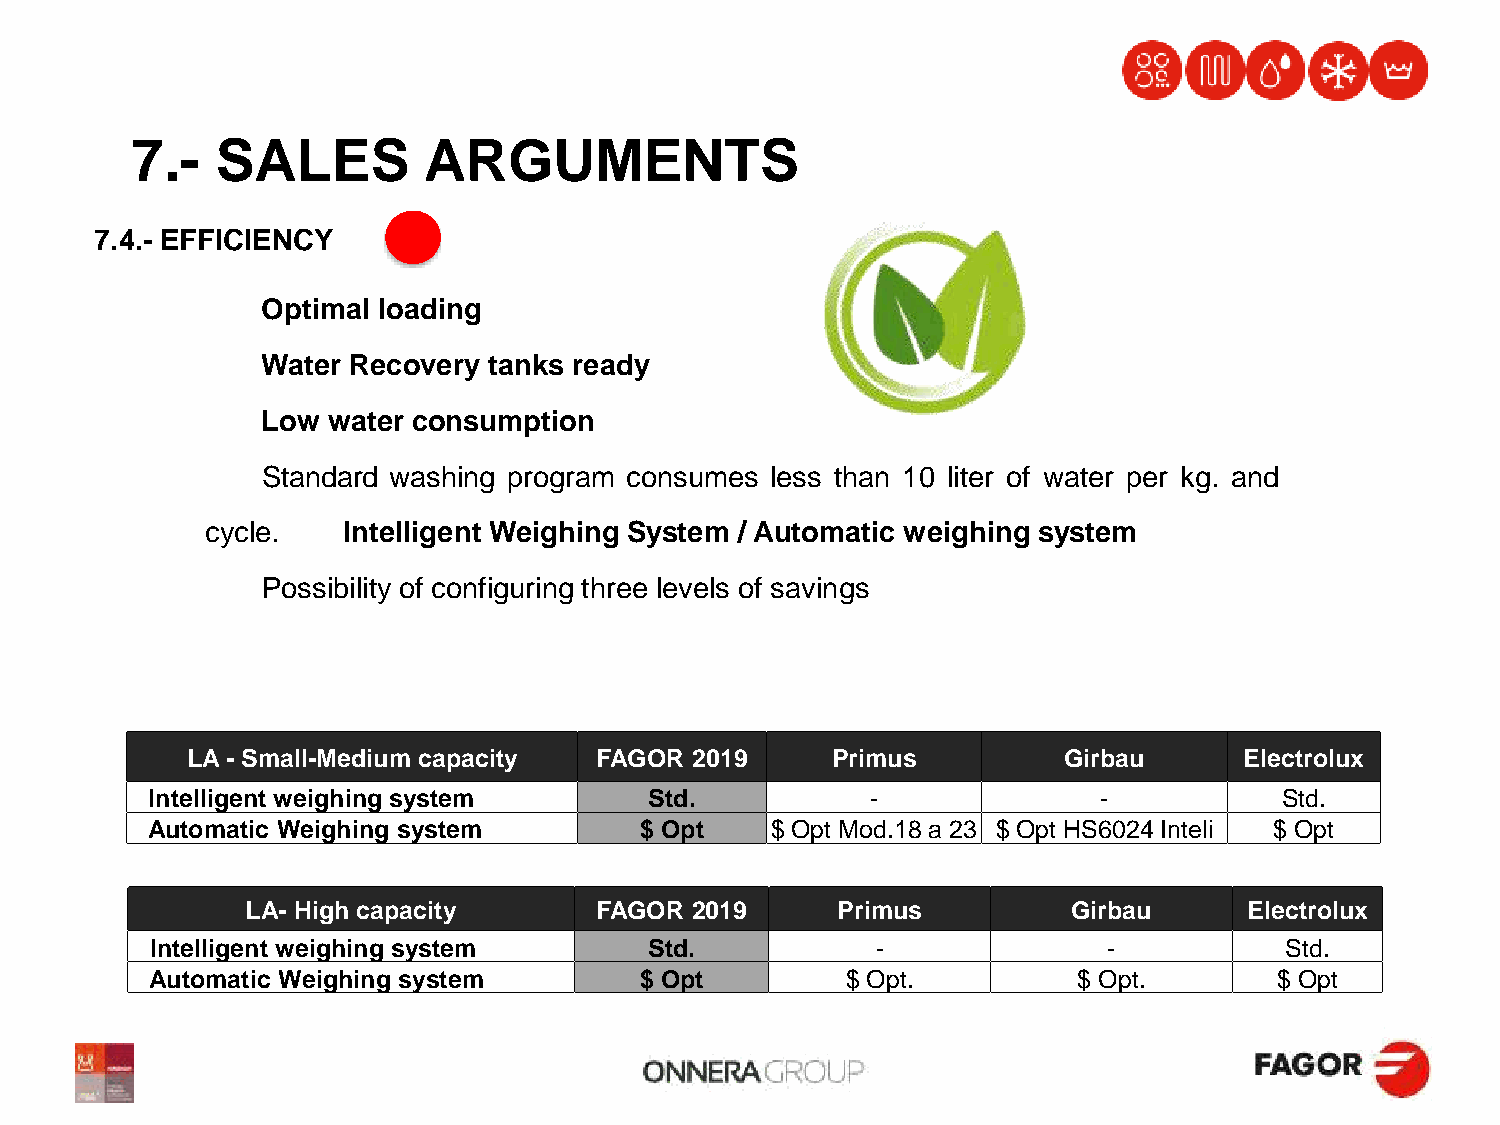
7.-  SALES         ARGUMENTS
 7.4.- EFFICIENCY
 Optimal loading
 Water Recovery tanks ready
 Low  water consumption
 Standard washing program consumes less than 10 liter of water per kg. and
 cycle.   Intelligent Weighing System / Automatic weighing system
 Possibility of configuring three levels of savings
 LA - Small-Medium capacity FAGOR  2019     Primus         Girbau      Electrolux
 Intelligent weighing system      Std.           -              -           Std.
 Automatic Weighing system       $ Opt    $ Opt Mod.18 a 23 $ Opt HS6024 Inteli $ Opt
 LA- High capacity      FAGOR  2019     Primus          Girbau      Electrolux
 Intelligent weighing system      Std.           -              -           Std.
 Automatic Weighing system       $ Opt         $ Opt.         $ Opt.        $ Opt